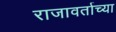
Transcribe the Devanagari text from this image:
राजावर्ताच्या